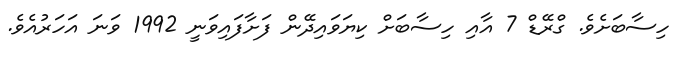
ހިސާބަށެވެ. ގްރޭޑް 7 އާއި ހިސާބަށް ކިޔަވައިދޭން ފަށާފައިވަނީ 1992 ވަނަ އަހަރުއެވެ.